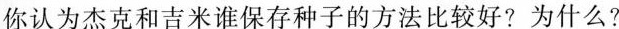
你认为杰克和吉米谁保存种子的方法比较好?为什么?